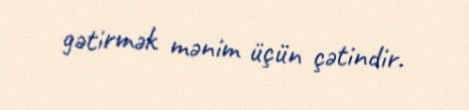
gətirmək mənim üçün çətindir.